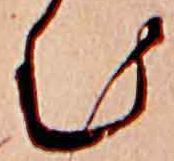
む